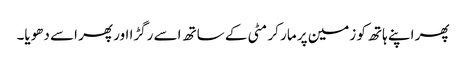
پھر اپنے ہاتھ کو زمین پر مار کر مٹی کے ساتھ اسے رگڑا اور پھر اسے دھویا۔